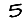
Digit: 5